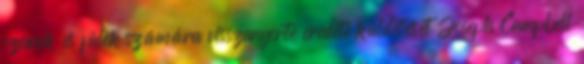
szemek és fülek számára visszanyerte eredeti küldetését Joseph Campbell